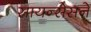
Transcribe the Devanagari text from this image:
सायन्सेसने